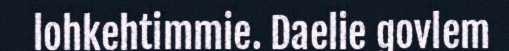
lohkehtimmie. Daelie govlem